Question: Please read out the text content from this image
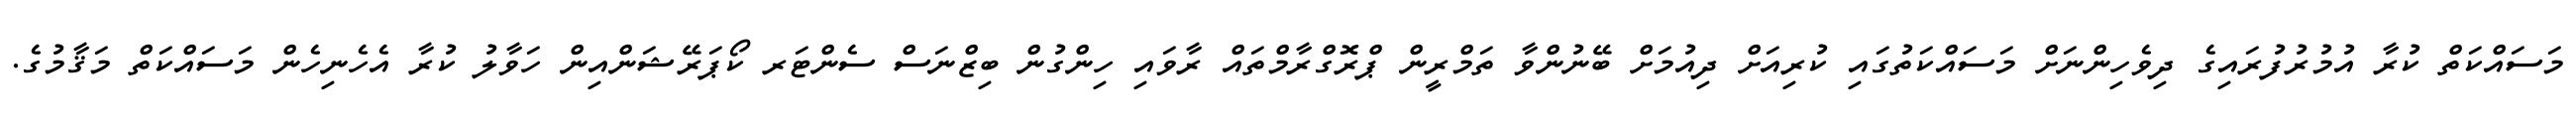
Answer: މަސައްކަތް ކުރާ އުމުރުފުރައިގެ ދިވެހިންނަށް މަސައްކަތުގައި ކުރިއަށް ދިއުމަށް ބޭނުންވާ ތަމްރީން ޕްރޮގްރާމްތައް ރާވައި ހިންގުން ބިޒްނަސް ސެންޓަރ ކޯޕަރޭޝަންއިން ހަވާލު ކުރާ އެހެނިހެން މަސައްކަތް މަޤާމުގެ.